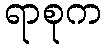
ရာစုက